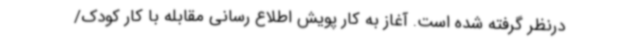
درنظر گرفته شده است. آغاز به کار پویش اطلاع رسانی مقابله با کار کودک/